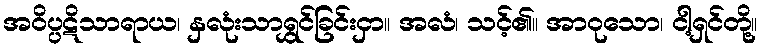
အဝိပ္ပဋိသာရာယ၊ နှလုံးသာရွှင်ခြင်းငှာ။ အလံ၊ သင့်၏။ အာဝုသော၊ ငါ့ရှင်တို့။